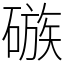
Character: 䃚